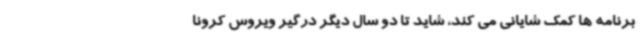
برنامه ها کمک شایانی می کند، شاید تا دو سال دیگر درگیر ویروس کرونا